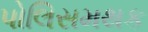
પોલિસમથક